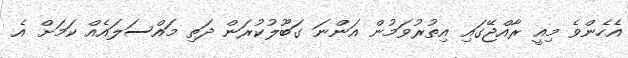
އެހެންވެ މިއީ ރާއްޖޭގައި އިތުރުވަމުން އަންނަ ގަބޫލުކުރަން ދަތި މައްސަލައެއް ކަމަށް އެ